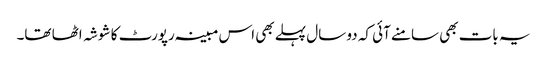
یہ بات بھی سامنے آئی کہ دو سال پہلے بھی اس مبینہ رپورٹ کا شوشہ اٹھا تھا۔